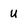
Character: u